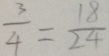
\frac { 3 } { 4 } = \frac { 1 8 } { 2 4 }